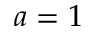
a = 1